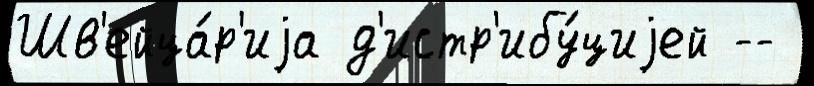
Шв'ейца́р'иjа д'истр'ибу́циjей --